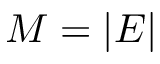
M = | E |